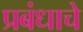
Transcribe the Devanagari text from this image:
प्रबंधाचे